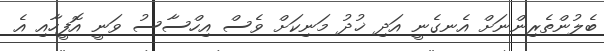
ބެލުންތެރިންނަށް އެނގެނީ އަދި ޚުދު މަނިކަށް ވެސް އިހްސާސު ވަނީ އޮފީހާއި އެ